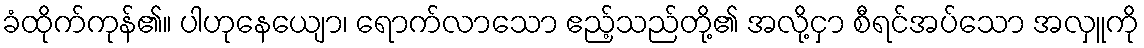
ခံထိုက်ကုန်၏။ ပါဟုနေယျော၊ ရောက်လာသော ဧည့်သည်တို့၏ အလို့ငှာ စီရင်အပ်သော အလှူကို